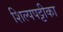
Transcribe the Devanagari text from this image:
शिल्पपट्टीका